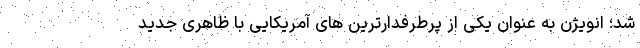
شد؛ انویژن به عنوان یکی از پرطرفدارترین های آمریکایی با ظاهری جدید